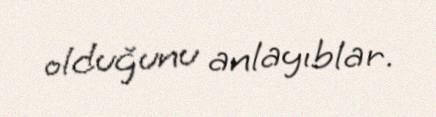
olduğunu anlayıblar.